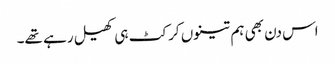
اس دن بھی ہم تینوں کرکٹ ہی کھیل رہے تھے۔